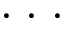
\cdot \, \cdot \, \cdot